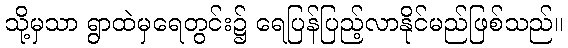
သို့မှသာ ရွာထဲမှရေတွင်း၌ ရေပြန်ပြည့်လာနိုင်မည်ဖြစ်သည်။